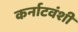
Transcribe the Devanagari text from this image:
कर्नाटवंशी